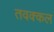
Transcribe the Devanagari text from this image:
तवक्कल